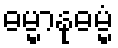
ဓမ္မာနုဓမ္မံ